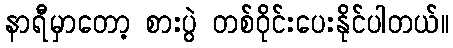
နာရီမှာတော့ စားပွဲ တစ်ဝိုင်းပေးနိုင်ပါတယ်။